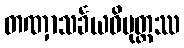
တဏှာသင်္ခယဝိမုတ္တဿ